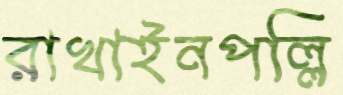
রাখাইনপল্লি